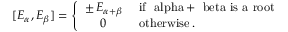
[ E _ { \alpha } , E _ { \beta } ] = \left\{ \begin{array} { c l } { { \pm \, E _ { \alpha + \beta } } } & { { \mathrm { ~ i f ~ \ a l p h a + \ b e t a ~ i s ~ a ~ r o o t } } } \\ { { 0 } } & { { \mathrm { ~ o t h e r w i s e } \, . } } \end{array} \right.